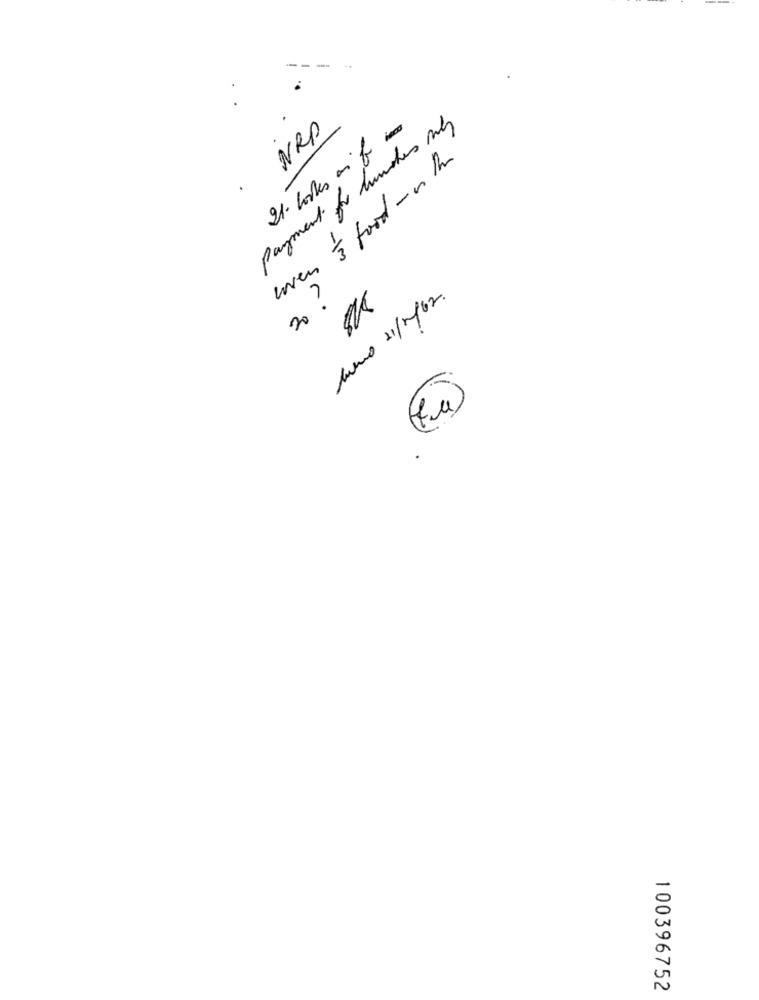
payment for lunches why
21. looks on f
NRP
woven '& food - n the
20 2
bueno 21/1/62.
100396752